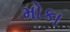
મોકા